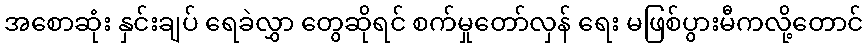
အစောဆုံး နှင်းချပ် ရေခဲလွှာ တွေဆိုရင် စက်မှုတော်လှန် ရေး မဖြစ်ပွားမီကလို့တောင်